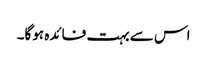
اس سے بہت فائدہ ہوگا۔